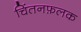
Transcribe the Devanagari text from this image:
चिंतनफ़लक